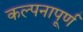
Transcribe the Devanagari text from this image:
कल्‍पनापूर्ण